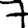
Digit: 7